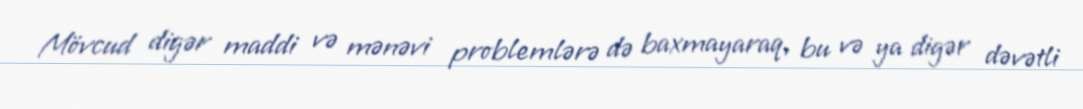
Mövcud digər maddi və mənəvi problemlərə də baxmayaraq, bu və ya digər dəvətli